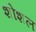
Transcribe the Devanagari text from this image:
शोशल